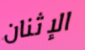
الإثنان